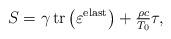
LaTeX: \begin{align*}S = \gamma \operatorname{tr}\big(\varepsilon^{\mathrm{elast}}\big) + \tfrac{\rho c}{T_{0}} \tau,\end{align*}